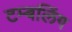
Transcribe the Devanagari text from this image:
टम्बलिंग